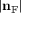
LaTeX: | \mathbf { n } _ { \mathrm { F } } |